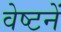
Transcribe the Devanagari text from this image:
वेष्टनें